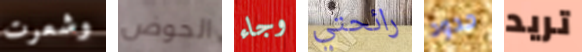
وشعرت الحوض وجاء رائحتي حدود تريد